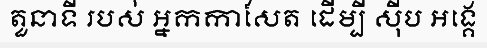
តួនាទី របស់ អ្នកកាសែត ដើម្បី ស៊ីប អង្គេ